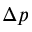
\Delta p